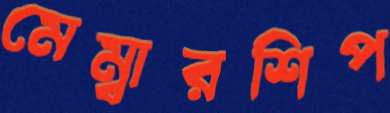
মেম্বারশিপ